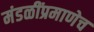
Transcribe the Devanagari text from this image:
मंडळींप्रमाणेच